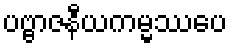
ပဗ္ဗာဇနီယကမ္မဿပေ